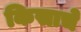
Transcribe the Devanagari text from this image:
किसाचे